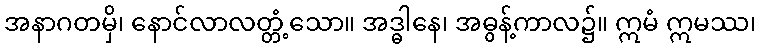
အနာဂတမှိ၊ နောင်လာလတ္တံ့သော။ အဒ္ဓါနေ၊ အဓွန့်ကာလ၌။ ဣမံ ဣမဿ၊